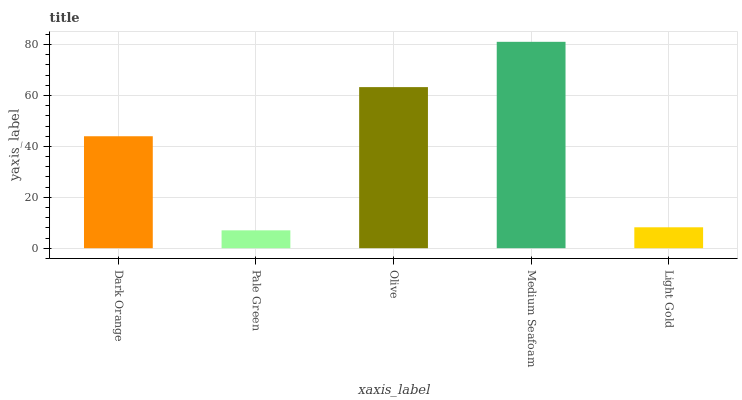
| xaxis_label | bars |
 | --- | --- |
 | Dark Orange | 44 |
 | Pale Green | 7.02 |
 | Olive | 63.3 |
 | Medium Seafoam | 81.1 |
 | Light Gold | 8.22 |